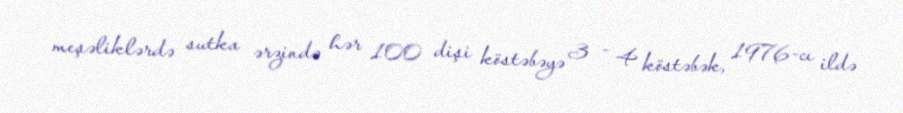
meşəliklərdə sutka ərzində hər 100 dişi köstəbəyə 3 - 4 köstəbək, 1976-cı ildə